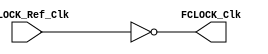
/*#########################################################################
//# Module to flip main clk signal
//#########################################################################
//#
//# Copyright (C) 2021 Jose Maria Jaramillo Hoyos 
//# 
//# This program is free software: you can redistribute it and/or modify
//# it under the terms of the GNU General Public License as published by
//# the Free Software Foundation, either version 3 of the License, or
//# (at your option) any later version.
//#
//# This program is distributed in the hope that it will be useful,
//# but WITHOUT ANY WARRANTY; without even the implied warranty of
//# MERCHANTABILITY or FITNESS FOR A PARTICULAR PURPOSE.  See the
//# GNU General Public License for more details.
//#
//# You should have received a copy of the GNU General Public License
//# along with this program.  If not, see <https://www.gnu.org/licenses/>.
//#
//########################################################################*/

module FCLOCK(

input  [0:0] FCLOCK_Ref_Clk,
output [0:0] FCLOCK_Clk

);
//============================================================
// COMBINATIONAL OUTPUT LOGIC
//============================================================
assign FCLOCK_Clk=~FCLOCK_Ref_Clk;

endmodule